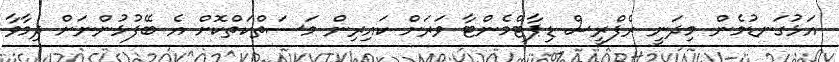
އަޅުގަނޑުމެން މިދަނީ ރެފްރީސް ޑިޕާޓްމެންޓާ ވަރަށް ކައިރިން މަސަތްކަތްކޮށް އެ ބޭފުޅުންނަށް ދިމާވާ